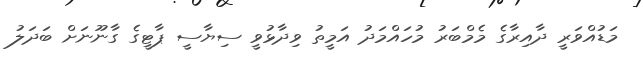
މަޑުއްވަރީ ދާއިރާގެ މެމްބަރު މުހައްމަދު އަމީތު ވިދާޅުވީ ސިޔާސީ ޕާޓީގެ ގާނޫނަށް ބަދަލު